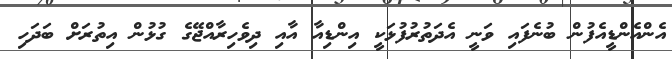
އެންއެންޑީއެފުން ބުނެފައި ވަނީ އެދަތުރުފުޅަކީ އިންޑިއާ އާއި ދިވެހިރާއްޖޭގެ ގުޅުން އިތުރަށް ބަދަހި